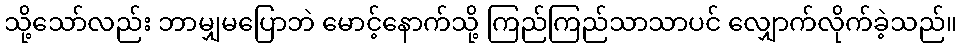
သို့သော်လည်း ဘာမျှမပြောဘဲ မောင့်နောက်သို့ ကြည်ကြည်သာသာပင် လျှောက်လိုက်ခဲ့သည်။